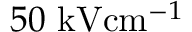
5 0 \ensuremath { ~ \mathrm { k V } \mathrm { c m } ^ { - 1 } }